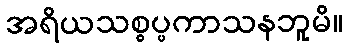
အရိယသစ္စပ္ပကာသနဘူမိ။